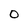
Character: 0